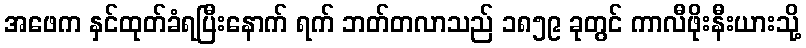
အဖေက နှင်ထုတ်ခံရပြီးနောက် ရက် ဘတ်တလာသည် ၁၈၅၉ ခုတွင် ကာလီဖိုးနီးယားသို့